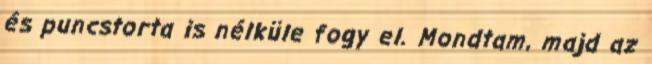
és puncstorta is nélküle fogy el. Mondtam, majd az